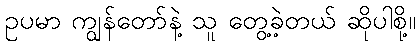
ဥပမာ ကျွန်တော်နဲ့ သူ တွေ့ခဲ့တယ် ဆိုပါစို့။